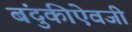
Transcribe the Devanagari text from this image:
बंदुकीऐवजी